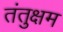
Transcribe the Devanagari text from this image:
तंतुक्षम